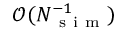
\mathcal { O } ( N _ { \mathrm { ~ s ~ i ~ m ~ } } ^ { - 1 } )